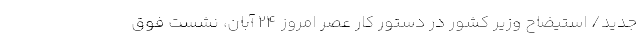
جدید/ استیضاح وزیر کشور در دستور کار عصر امروز ۲۴ آبان، نشست فوق